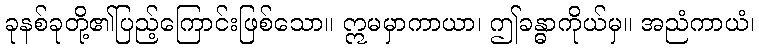
ခုနစ်ခုတို့၏ပြည့်ကြောင်းဖြစ်သော။ ဣမမှာကာယာ၊ ဤခန္ဓာကိုယ်မှ။ အညံကာယံ၊